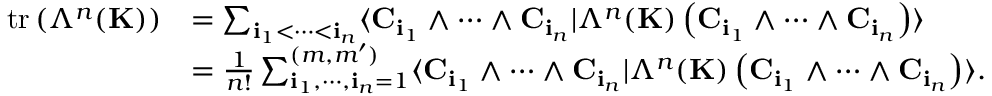
\begin{array} { r l } { \mathrm { t r } \left( \Lambda ^ { n } ( { \bf K } ) \right) } & { = \sum _ { { \bf i } _ { 1 } < \cdots < { \bf i } _ { n } } \langle { \bf C } _ { { \bf i } _ { 1 } } \wedge \cdots \wedge { \bf C } _ { { \bf i } _ { n } } | \Lambda ^ { n } ( { \bf K } ) \left( { \bf C } _ { { \bf i } _ { 1 } } \wedge \cdots \wedge { \bf C } _ { { \bf i } _ { n } } \right) \rangle } \\ & { = \frac { 1 } { n ! } \sum _ { { \bf i } _ { 1 } , \cdots , { \bf i } _ { n } = 1 } ^ { ( m , m ^ { \prime } ) } \langle { \bf C } _ { { \bf i } _ { 1 } } \wedge \cdots \wedge { \bf C } _ { { \bf i } _ { n } } | \Lambda ^ { n } ( { \bf K } ) \left( { \bf C } _ { { \bf i } _ { 1 } } \wedge \cdots \wedge { \bf C } _ { { \bf i } _ { n } } \right) \rangle . } \end{array}